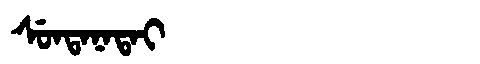
Manchu: ᠰᡠᠨᡨᠠᠨᠠᡨᠠᡳ
Romanization: SUNTANATAI